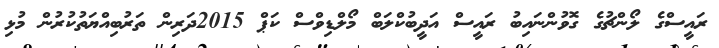
ރައީސްގެ ލޯންޗުގެ ގޮވުންނައިބު ރައީސް އަދީބުކްލަބް މޯލްޑިވްސް ކަޕް 2015ދަރިން ތަރުބިއްޔަތުކުރުން މުޅި